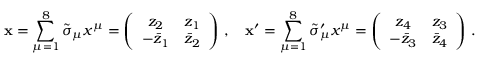
\mathbf { x } = \sum _ { \mu = 1 } ^ { 8 } \tilde { \sigma } _ { \mu } x ^ { \mu } = \left( \begin{array} { c c } { { z _ { 2 } } } & { { z _ { 1 } } } \\ { { - \bar { z } _ { 1 } } } & { { \bar { z } _ { 2 } } } \end{array} \right) \, , \quad \mathbf { x } ^ { \prime } = \sum _ { \mu = 1 } ^ { 8 } \tilde { \sigma } _ { \mu } ^ { \prime } x ^ { \mu } = \left( \begin{array} { c c } { { z _ { 4 } } } & { { z _ { 3 } } } \\ { { - \bar { z } _ { 3 } } } & { { \bar { z } _ { 4 } } } \end{array} \right) \, .